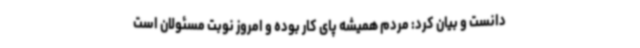
دانست و بیان کرد: مردم همیشه پای کار بوده و امروز نوبت مسئولان است